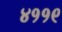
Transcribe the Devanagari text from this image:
४११९